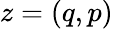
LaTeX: {z}=(q,p)